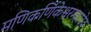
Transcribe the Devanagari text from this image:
मणिकर्णिकेश्वरमहादेव